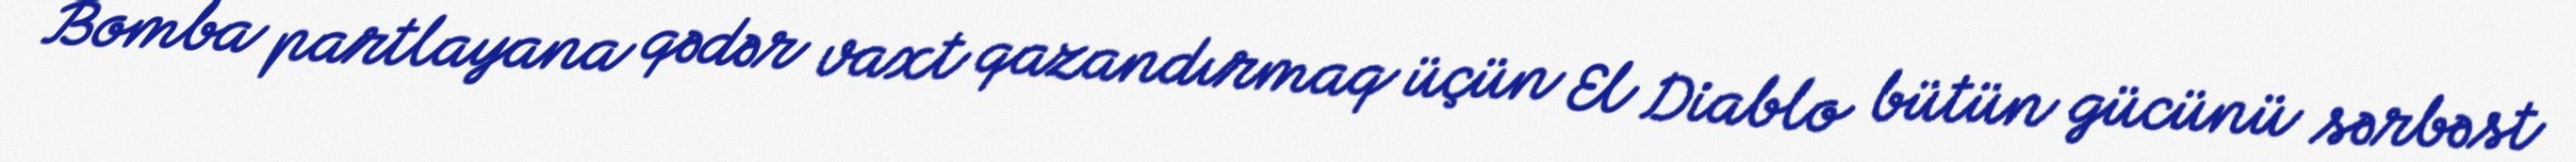
Bomba partlayana qədər vaxt qazandırmaq üçün El Diablo bütün gücünü sərbəst